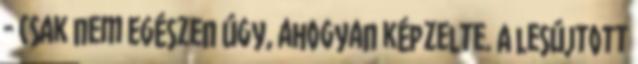
- csak nem egészen úgy, ahogyan képzelte. A lesújtott